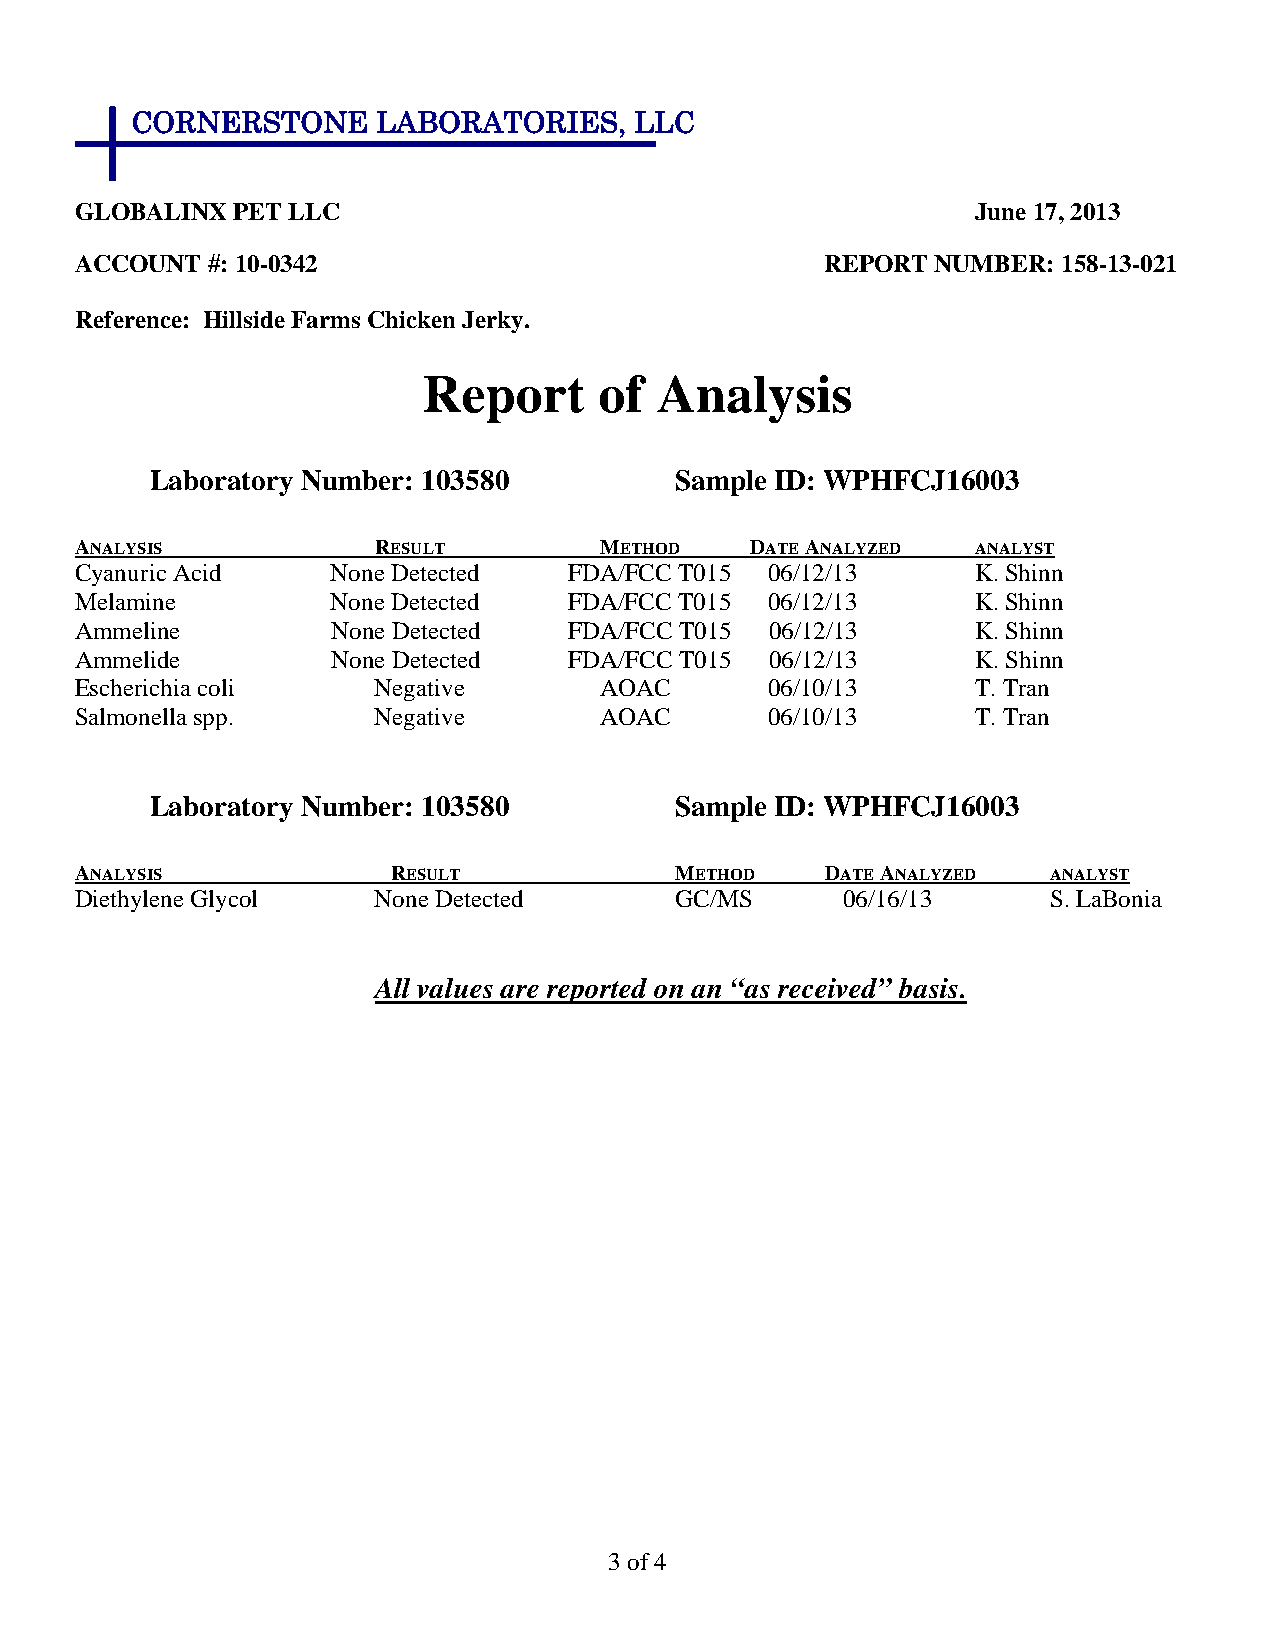
CORNERSTONE     LABORATORIES,    LLC
 GLOBALINX PET LLC                                           June 17, 2013
 ACCOUNT  #: 10-0342                               REPORT NUMBER: 158-13-021
 Reference: Hillside Farms Chicken Jerky.
 Report      of Analysis
 Laboratory Number: 103580          Sample ID: WPHFCJ16003
 ANALYSIS            RESULT         METHOD    DATE ANALYZED  ANALYST
 Cyanuric Acid    None Detected   FDA/FCC T015 06/12/13      K. Shinn
 Melamine         None Detected   FDA/FCC T015 06/12/13      K. Shinn
 Ammeline         None Detected   FDA/FCC T015 06/12/13      K. Shinn
 Ammelide         None Detected   FDA/FCC T015 06/12/13      K. Shinn
 Escherichia coli    Negative       AOAC       06/10/13      T. Tran
 Salmonella spp.     Negative       AOAC       06/10/13      T. Tran
 Laboratory Number: 103580          Sample ID: WPHFCJ16003
 ANALYSIS             RESULT             METHOD    DATE ANALYZED  ANALYST
 Diethylene Glycol   None Detected       GC/MS      06/16/13      S. LaBonia
 All values are reported on an “as received” basis.
 3 of 4